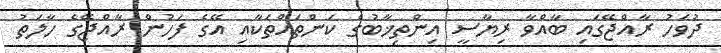
ދުވަހު ރާއްޖޭގައި ބާއްވާ ރިޔާސީ އިންތިޚާބުގެ ކަންތައްތަކާއި އޭގެ ފަހުން ރާއްޖޭގެ ހާލަތު